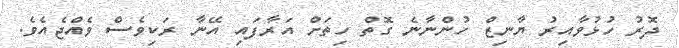
ދޮރު ހުޅުވާއިރު ޔާނިޒް ހުންނާނެ ގޮތް ހިތަށް އަރާފައި އޭނާ ރަކިވެސް ވެއްޖެއެވެ.